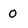
Character: 0